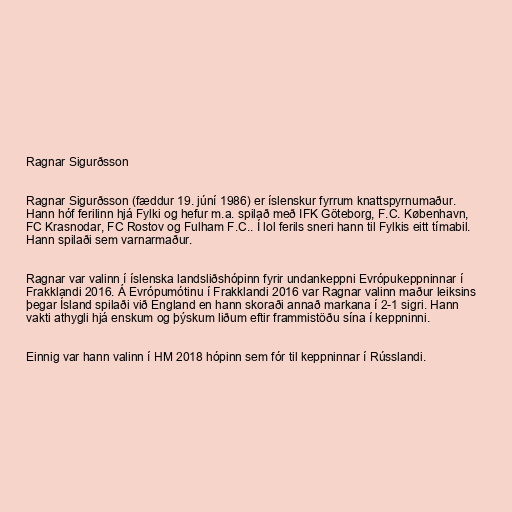
Ragnar Sigurðsson

Ragnar Sigurðsson (fæddur 19. júní 1986) er íslenskur fyrrum knattspyrnumaður.
Hann hóf ferilinn hjá Fylki og hefur m.a. spilað með IFK Göteborg, F.C. København,
FC Krasnodar, FC Rostov og Fulham F.C.. Í lol ferils sneri hann til Fylkis eitt tímabil.
Hann spilaði sem varnarmaður.

Ragnar var valinn í íslenska landsliðshópinn fyrir undankeppni Evrópukeppninnar í
Frakklandi 2016. Á Evrópumótinu í Frakklandi 2016 var Ragnar valinn maður leiksins
þegar Ísland spilaði við England en hann skoraði annað markana í 2-1 sigri. Hann
vakti athygli hjá enskum og þýskum liðum eftir frammistöðu sína í keppninni.

Einnig var hann valinn í HM 2018 hópinn sem fór til keppninnar í Rússlandi.